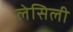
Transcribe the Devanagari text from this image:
लेसिली